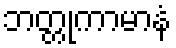
ဘတ္တုကာမာနံ